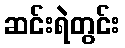
ဆင်းရဲတွင်း